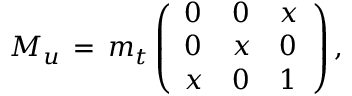
M _ { u } \, = \, m _ { t } \left( \begin{array} { l l l } { { 0 } } & { { 0 } } & { { x } } \\ { { 0 } } & { { x } } & { { 0 } } \\ { { x } } & { { 0 } } & { { 1 } } \end{array} \right) ,